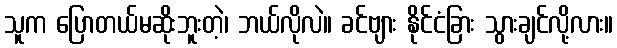
သူက ပြောတယ်မဆိုးဘူးတဲ့၊ ဘယ်လိုလဲ။ ခင်ဗျား နိုင်ငံခြား သွားချင်လို့လား။